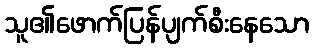
သူ၏ဖောက်ပြန်ပျက်စီးနေသော